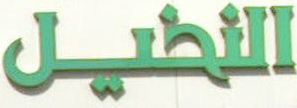
النطيل